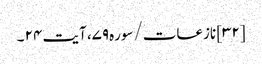
[۳۲] نازعات/سوره۷۹، آیت ۲۴ ۔